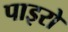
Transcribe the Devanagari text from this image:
पाइरो